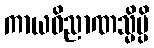
ကာယဝိညာဏသ္မိမ္ပိ